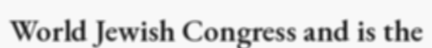
World Jewish Congress and is the